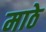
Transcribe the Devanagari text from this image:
माठे